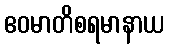
ဧဝမာတိစရမာနာယ